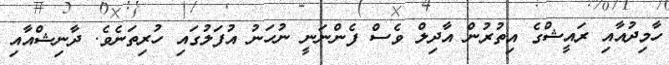
ހާމިދުއާއި ރަައީޝްގެ އިތުރުން އާދިލް ވެސް ފެންނަނީ ނުުހަނު އުފަަލުގައި ހުރިތަނެވެ. ދާނިޝްއާއި